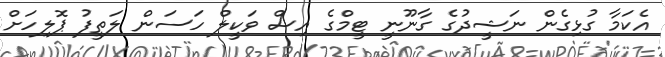
އެކަމާ ގުޅިގެން ނަޝީދުގެ ގާނޫނީ ޓީމްގެ އިސް ވަކީލް ހަސަން ލަތީފު ޕޮލިހަށް